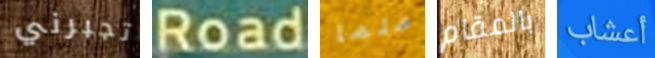
تجبرني Road علما بالمقام أعشاب